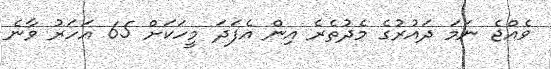
ވެއްޖެ ނަމަ ދައުރުގެ މެދުތެރެ އިން އެފަދަ މީހަކަށް 65 އަހަރު ވާނެ